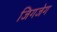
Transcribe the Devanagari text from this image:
जिगजेग